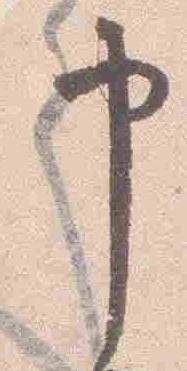
申